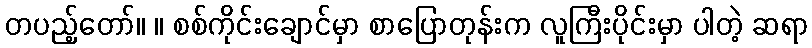
တပည့်တော်။ ။ စစ်ကိုင်းချောင်မှာ စာပြောတုန်းက လူကြီးပိုင်းမှာ ပါတဲ့ ဆရာ